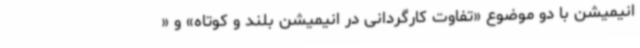
انیمیشن با دو موضوع «تفاوت کارگردانی در انیمیشن بلند و کوتاه» و «